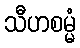
သီဟစမ္မံ